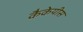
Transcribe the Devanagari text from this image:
कैकेयीस